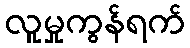
လူမှုကွန်ရက်